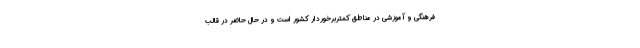
فرهنگی و آموزشی در مناطق کمتربرخوردار کشور است و در حال حاضر در قالب